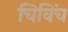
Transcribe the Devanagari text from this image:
चिविंच